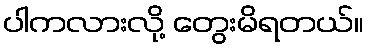
ပါကလားလို့ တွေးမိရတယ်။